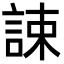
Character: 誎